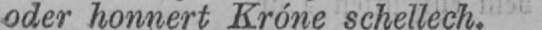
oder honnert Króne schellech.